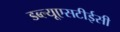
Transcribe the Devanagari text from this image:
डब्ल्यूएसटीईसी